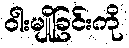
ဝါးမျိုခြင်းကို